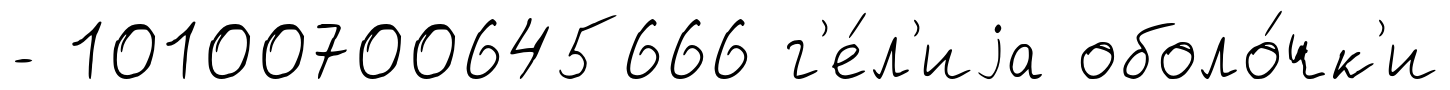
- 10100700645666 г'е́л'иjа оболо́чк'и